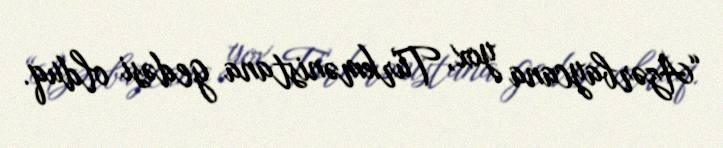
“Azərbaycana yox, Türkmənistana gedəsi olduq.